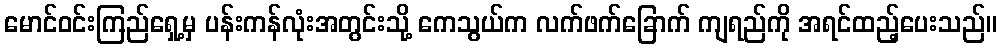
မောင်ဝင်းကြည်ရှေ့မှ ပန်းကန်လုံးအတွင်းသို့ ကေသွယ်က လက်ဖက်ခြောက် ကျရည်ကို အရင်ထည့်ပေးသည်။